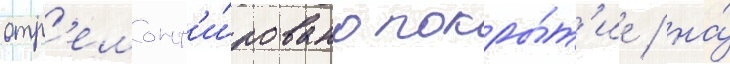
отр'емонт'и́ровано покры́т'ие / на́